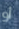
أو